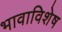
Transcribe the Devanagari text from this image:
भावाविशेष